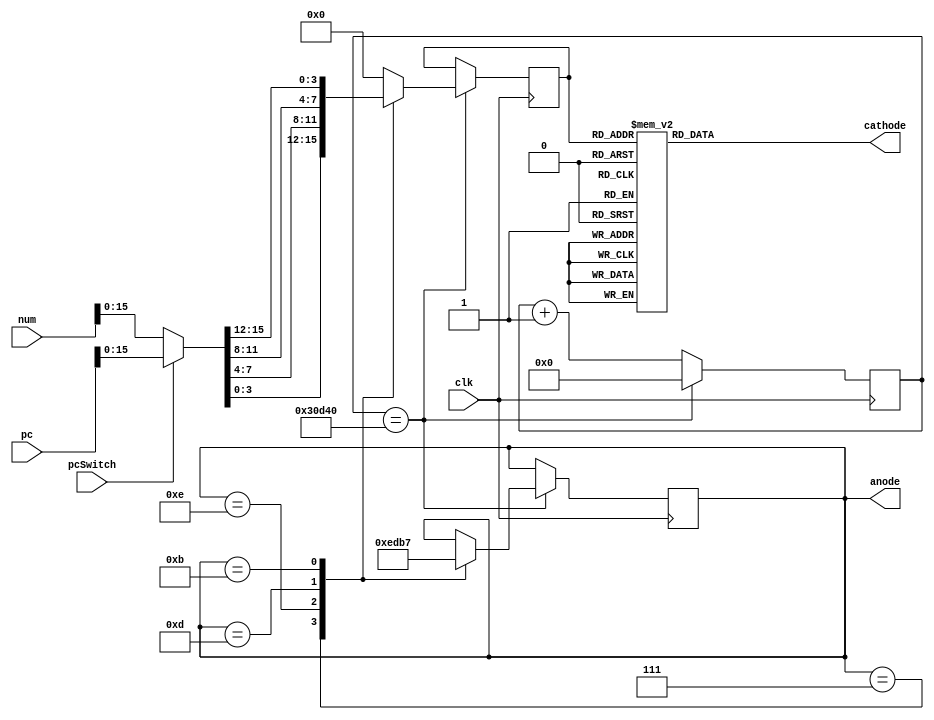
module SSD(input clk, pcSwitch,
    input [31:0] num, pc,
    output reg [3:0] anode,
    output reg [6:0] cathode
);
    reg [17:0] cnt;
    parameter shreshold = 200000;
    reg [17:0] cnt;
    reg [3:0] numDisplay;
    
    initial begin
        cathode <= 7'b0000001;
        anode <= 4'b1110;
        numDisplay <= 4'b0;
        cnt <= 18'b0;
    end
    wire [31:0] numSel;
    assign numSel = (pcSwitch==1'b0)? num: pc;
    always @(posedge clk)
    begin
        cnt <= cnt + 1;
        if (cnt == shreshold) begin
            cnt <= 0;
            case(anode)
                4'b0111: begin anode <= 4'b1110; numDisplay <= numSel[3:0]; end
                4'b1110: begin anode <= 4'b1101; numDisplay <= numSel[7:4];end
                4'b1101: begin anode <= 4'b1011; numDisplay <= numSel[11:8]; end
                4'b1011: begin anode <= 4'b0111; numDisplay <= numSel[15:12]; end
                default: begin numDisplay <= 4'b0; end
            endcase
        end
    end

    always @(numDisplay) begin
        case (numDisplay)
            4'b0000: cathode=7'b0000001;
            4'b0001: cathode=7'b1001111;
            4'b0010: cathode=7'b0010010;
            4'b0011: cathode=7'b0000110;
            4'b0100: cathode=7'b1001100;
            4'b0101: cathode=7'b0100100;
            4'b0110: cathode=7'b0100000;
            4'b0111: cathode=7'b0001111;
            4'b1000: cathode=7'b0000000;
            4'b1001: cathode=7'b0000100;
            4'b1010: cathode=7'b0001000;
            4'b1011: cathode=7'b1100000;
            4'b1100: cathode=7'b0110001;
            4'b1101: cathode=7'b1000010;
            4'b1110: cathode=7'b0110000;
            4'b1111: cathode=7'b0111000;
            default: cathode=7'b1111111;
        endcase
    end
    
endmodule